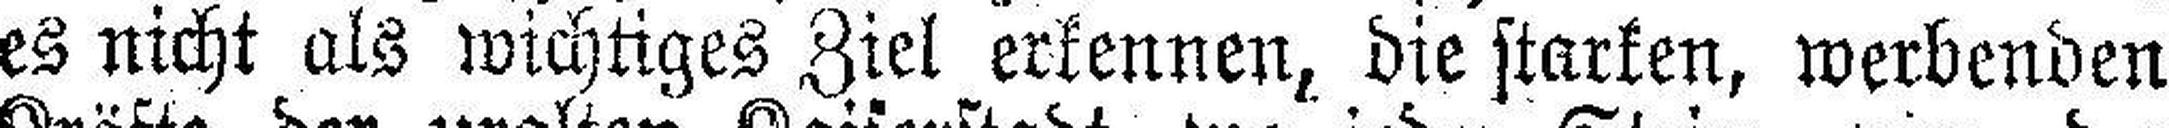
es nicht als wichtiges Ziel erkennen, die starken, werbenden